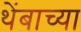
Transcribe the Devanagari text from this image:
थेंबाच्या